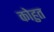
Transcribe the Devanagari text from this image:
कोहुत